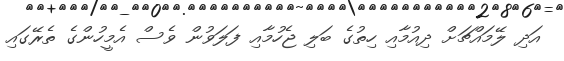
އަދި ލޭމައްޗަށް ދިއުމާއި ހިތުގެ ބަލި ޖެހުމާއި ފަލަވުން ވެސް އެމީހުންގެ ތެރޭގައި